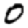
Digit: 0